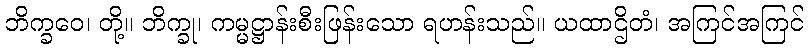
ဘိက္ခဝေ၊ တို့။ ဘိက္ခု၊ ကမ္မဋ္ဌာန်းစီးဖြန်းသော ရဟန်းသည်။ ယထာဌိတံ၊ အကြင်အကြင်